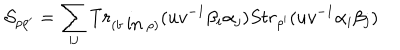
{ \cal S } _ { \rho \rho ^ { \prime } } = \sum _ { i j } T r _ { ( b \mathrm { ~ i n ~ } \rho ) } ( u v ^ { - 1 } \beta _ { i } \alpha _ { j } ) S t r _ { \rho ^ { \prime } } ( u v ^ { - 1 } \alpha _ { i } \beta _ { j } )